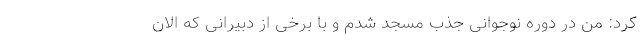
کرد: من در دوره نوجوانی جذب مسجد شدم و با برخی از دبیرانی که الان